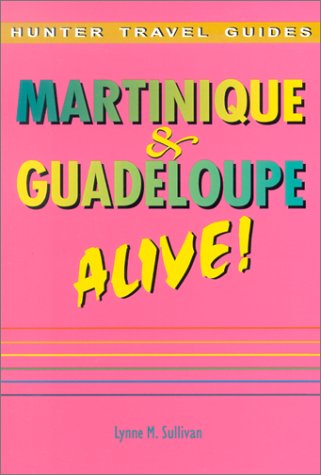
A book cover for The Martinique and Guadeloupe Alive! (Martinique & Guadeloupe Alive); Lynne M. Sullivan; Travel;